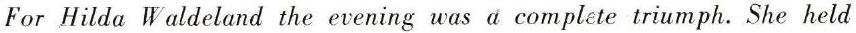
For Hilda Waldeland the evening was a complete triumph. She held